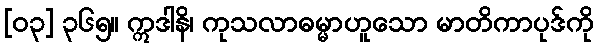
[၀၃] ၃၆၅။ ဣဒါနိ၊ ကုသလာဓမ္မာဟူသော မာတိကာပုဒ်ကို